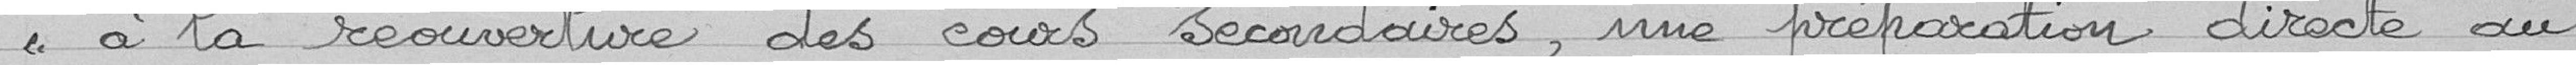
"à la réouverture des cours secondaires, une préparation directe au